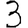
Digit: 3